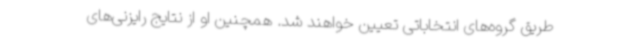
طریق گروه‌های انتخاباتی تعیین خواهند شد. همچنین او از نتایج رایزنی‌های